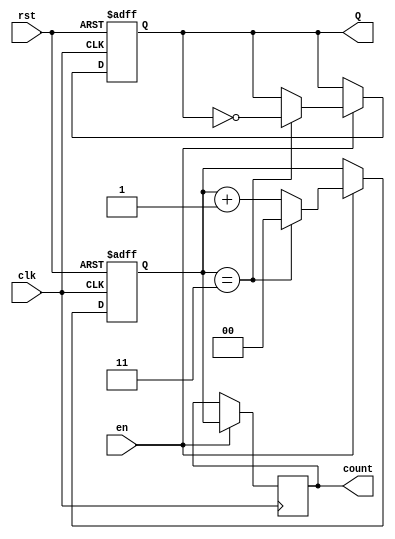
module divide_by_n_counter #(
    parameter N = 4  // Default value of N, can be overridden
)(
    input wire clk,      // Clock input
    input wire rst,      // Reset input (active high)
    input wire en,       // Enable input
    output reg Q,        // Output signal that toggles after every N clock cycles
    output reg [$clog2(N)-1:0] count // Optional count output
);

    // Internal counter variable
    reg [$clog2(N)-1:0] counter;

    // Always block for synchronous logic
    always @(posedge clk or posedge rst) begin
        if (rst) begin
            counter <= 0;  // Reset counter to 0
            Q <= 0;        // Reset output Q
        end else if (en) begin
            if (counter == N-1) begin
                counter <= 0; // Reset counter after reaching N-1
                Q <= ~Q;      // Toggle output Q
            end else begin
                counter <= counter + 1; // Increment counter
            end
        end
    end

    // Assign the current count value to the output
    always @(posedge clk) begin
        if (en) begin
            count <= counter; // Update count output when enabled
        end
    end

endmodule